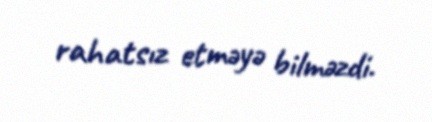
rahatsız etməyə bilməzdi.